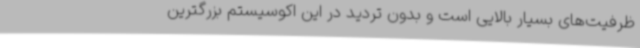
ظرفیت‌های بسیار بالایی است و بدون تردید در این اکوسیستم بزرگترین